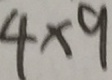
4 \times 9